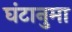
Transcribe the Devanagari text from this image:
घंटानुमा